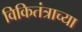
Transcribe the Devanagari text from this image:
विकितंत्राच्या